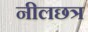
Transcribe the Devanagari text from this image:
नीलछत्र